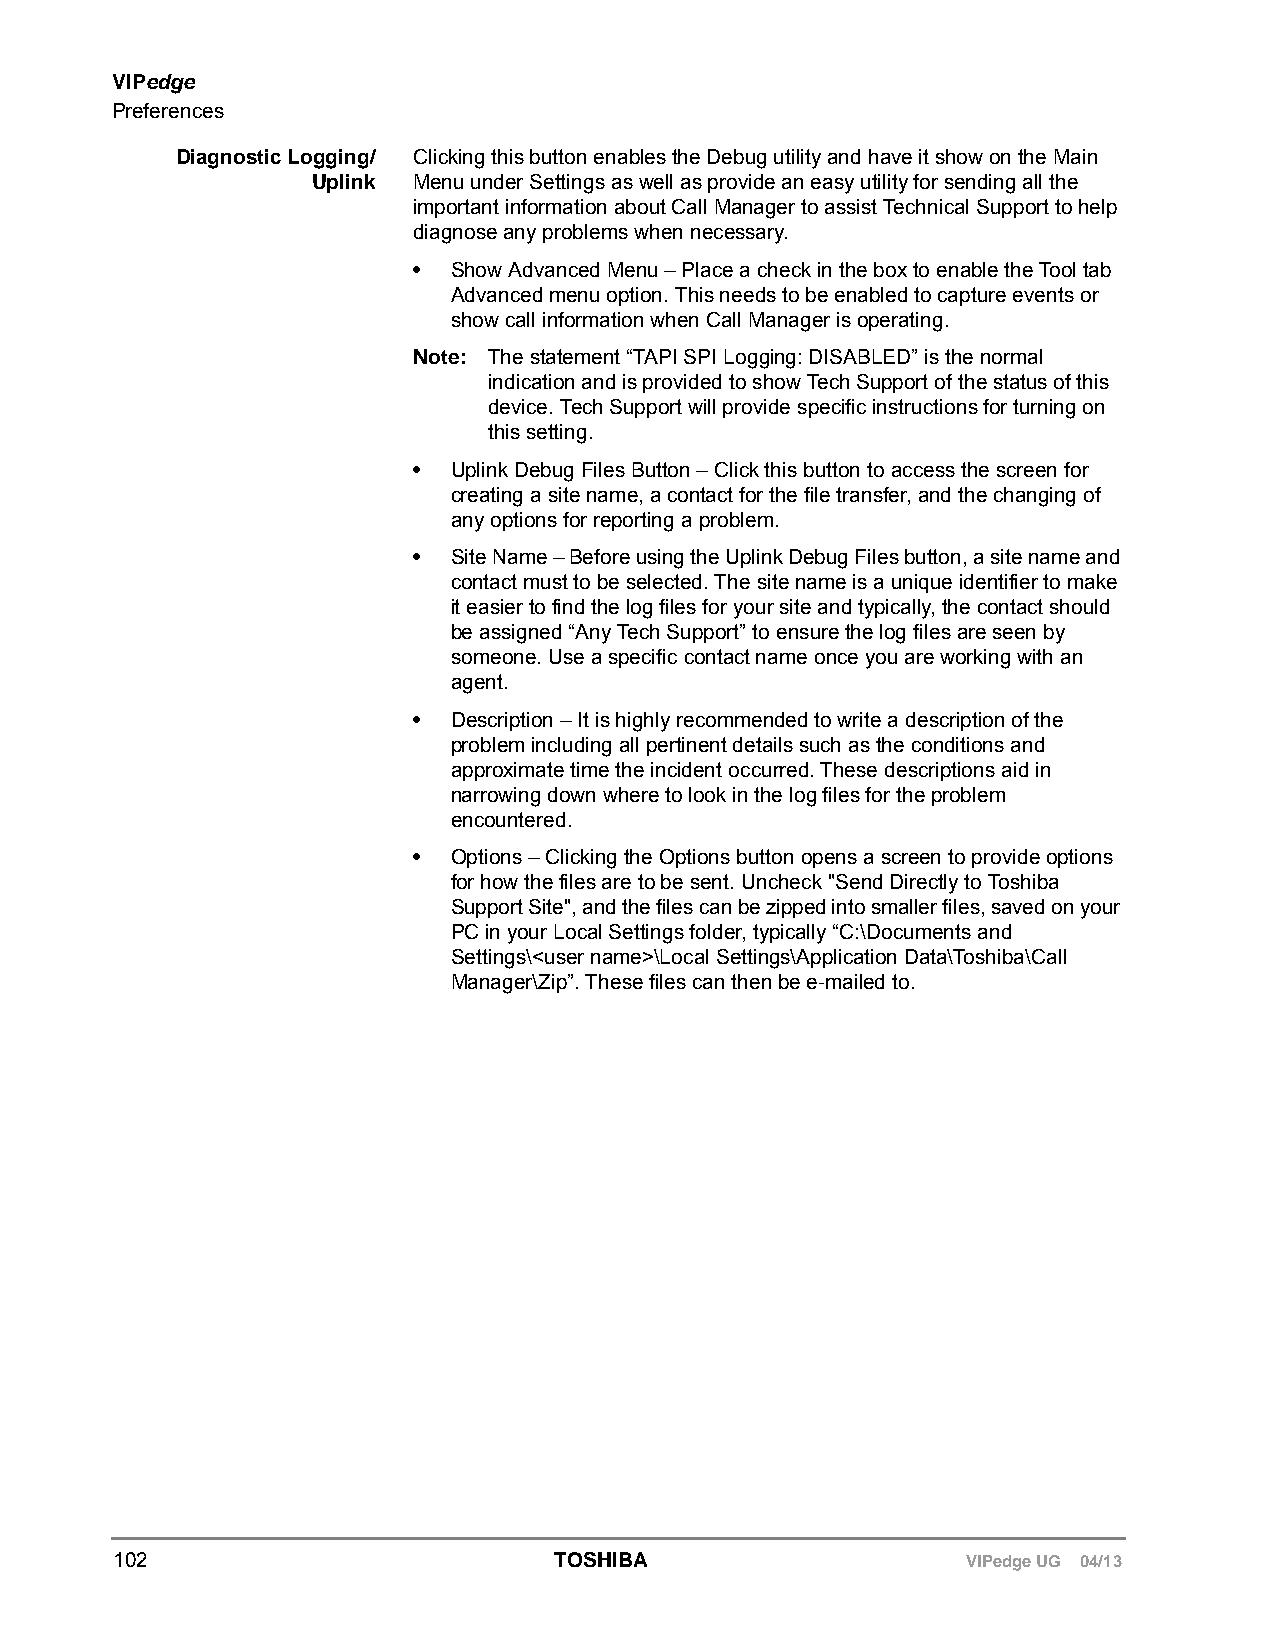
VIPedge
 Preferences
 Diagnostic Logging/ Clicking this button enables the Debug utility and have it show on the Main
 Uplink Menu under Settings as well as provide an easy utility for sending all the
 important information about Call Manager to assist Technical Support to help
 diagnose any problems when necessary.
 •  Show Advanced Menu – Place a check in the box to enable the Tool tab
 Advanced menu option. This needs to be enabled to capture events or
 show call information when Call Manager is operating.
 Note: The statement “TAPI SPI Logging: DISABLED” is the normal
 indication and is provided to show Tech Support of the status of this
 device. Tech Support will provide specific instructions for turning on
 this setting.
 •  Uplink Debug Files Button – Click this button to access the screen for
 creating a site name, a contact for the file transfer, and the changing of
 any options for reporting a problem.
 •  Site Name – Before using the Uplink Debug Files button, a site name and
 contact must to be selected. The site name is a unique identifier to make
 it easier to find the log files for your site and typically, the contact should
 be assigned “Any Tech Support” to ensure the log files are seen by
 someone. Use a specific contact name once you are working with an
 agent.
 •  Description – It is highly recommended to write a description of the
 problem including all pertinent details such as the conditions and
 approximate time the incident occurred. These descriptions aid in
 narrowing down where to look in the log files for the problem
 encountered.
 •  Options – Clicking the Options button opens a screen to provide options
 for how the files are to be sent. Uncheck "Send Directly to Toshiba
 Support Site", and the files can be zipped into smaller files, saved on your
 PC in your Local Settings folder, typically “C:\Documents and
 Settings\<user name>\Local Settings\Application Data\Toshiba\Call
 Manager\Zip”. These files can then be e-mailed to.
 102                          TOSHIBA                    VIPedge UG 04/13